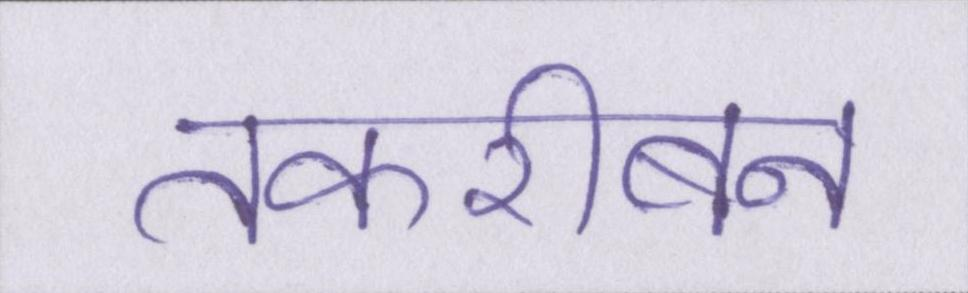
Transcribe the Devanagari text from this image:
तकरीबन